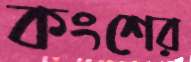
কংশের